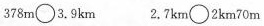
378m\circ 3.9km 2.7km\circ 2km70m